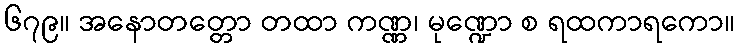
၆၇၉။ အနောတတ္တော တထာ ကဏ္ဏ၊ မုဏ္ဍော စ ရထကာရကော။